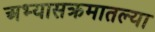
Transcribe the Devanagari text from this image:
अभ्यासक्रमातल्या